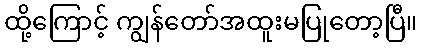
ထို့ကြောင့် ကျွန်တော်အထူးမပြုတော့ပြီ။